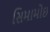
સિમામોઇ